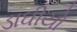
ડાઘીયો